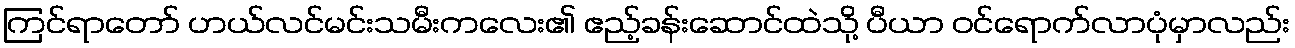
ကြင်ရာတော် ဟယ်လင်မင်းသမီးကလေး၏ ဧည့်ခန်းဆောင်ထဲသို့ ပီယာ ဝင်ရောက်လာပုံမှာလည်း